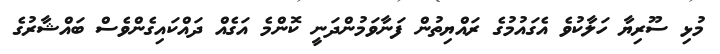
މުޅި ސޫރިޔާ ހަލާކުވެ އެގައުމުގެ ރައްޔިތުން ފަނާވަމުންދަނީ ކޮންމެ އަގެއް ދައްކައިގެންވެސް ބައްޝާރުގެ